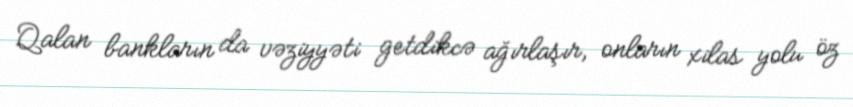
Qalan bankların da vəziyyəti getdikcə ağırlaşır, onların xilas yolu öz